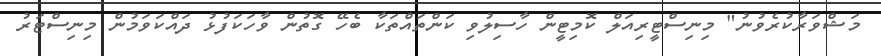
މަޝްވަރާކުރެވުނު" މިނިސްޓީރިއަލް ކޮމިޓީން ހާސިލުވި ކަންތައްތަކާ ބެހޭ ގޮތުން ވާހަކަފުޅު ދައްކަވަމުން މިނިސްޓަރު